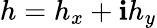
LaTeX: h=h_{x}+\mathbf{i}h_{y}